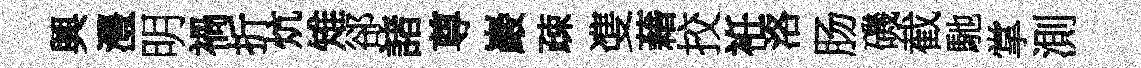
興灃明禍折炕雉郤諸尊巖疎㕠藉挍袵洛肠磯截馳掌測